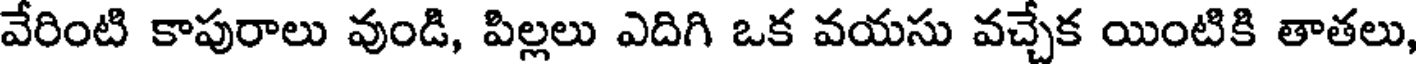
వేరింటి కాపురాలు వుండి, పిల్లలు ఎదిగి ఒక వయసు వచ్చేక యింటికి తాతలు,